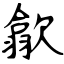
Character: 歙